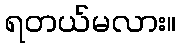
ရတယ်မလား။